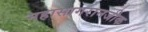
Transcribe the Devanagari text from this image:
महासागरानजीक